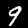
Digit: 9